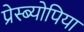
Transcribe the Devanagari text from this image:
प्रेस्ब्योपिया